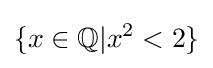
\{x\in \mathbb {Q} |x^{2}<2\}